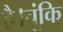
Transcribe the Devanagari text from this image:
है।चूंकि